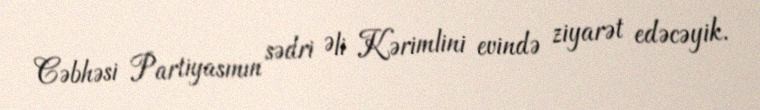
Cəbhəsi Partiyasının sədri Əli Kərimlini evində ziyarət edəcəyik.